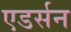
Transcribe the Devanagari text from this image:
एडर्सन